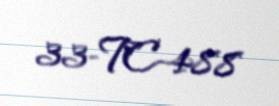
33-TC-488